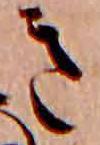
き